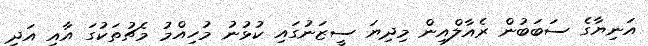
އަނިޔާގެ ސަބަބުން ރެއާލްއިން މިދިޔަ ސީޒަނުގައި ކުޅުނު މުހިއްމު މެޗުތަކުގަ އާއި އަދި